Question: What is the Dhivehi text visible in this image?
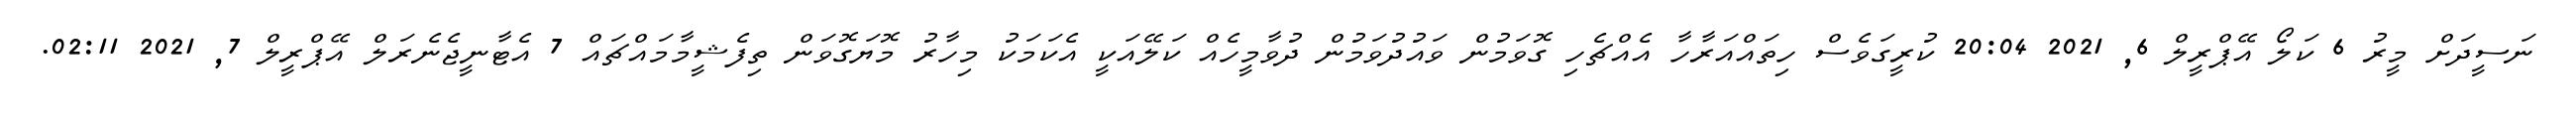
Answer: ނަސީދަށް މީރު 6 ކަލޯ އޭޕްރީލް 6, 2021 20:04 ކުރީގަވެސް ހިތައްއަރާހާ އެއްޗެހި ގޮވަމުން ވައުދުވަމުން ދުވާމީހެއް ކަލޭއަކީ އެކަމަކު މިހާރު މޮޔަގޮވަން ތިފެޝީމާމައްޗައް 7 އެޓާނީޖެނެރަލް އޭޕްރީލް 7, 2021 02:11.